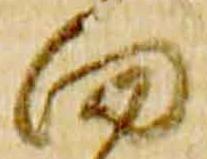
向